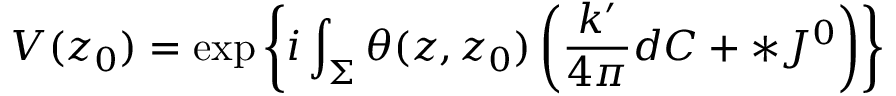
V ( z _ { 0 } ) = \exp \left\{ i \int _ { \Sigma } \theta ( z , z _ { 0 } ) \left( \frac { k ^ { \prime } } { 4 \pi } d C + * J ^ { 0 } \right) \right\}